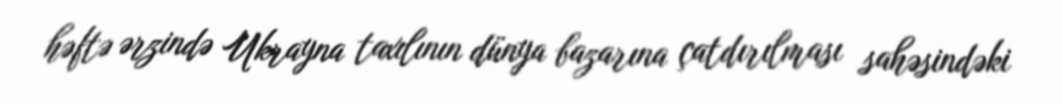
həftə ərzində Ukrayna taxılının dünya bazarına çatdırılması sahəsindəki